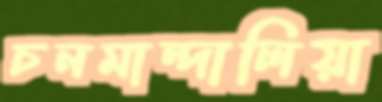
চনমান্দালিয়া